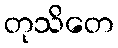
တုသိတေ